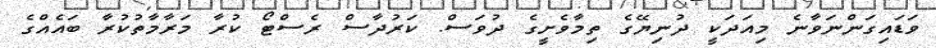
ވަޑައިގަންނަވާނެ މިއަދަކީ ދުނިޔޭގެ ތިމާވެށީގެ ދުވަސް. ކަރުދާސް ރެސްޓޯ ކުރާ މަރާމާތުކުރާ ބައެއްގެ